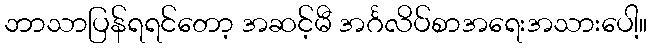
ဘာသာပြန်ရရင်တော့ အဆင့်မီ အင်္ဂလိပ်စာအရေးအသားပေါ့။